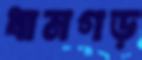
ধামগড়